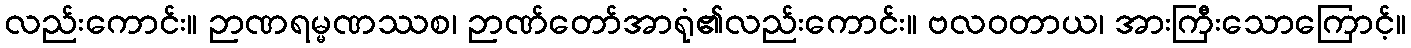
လည်းကောင်း။ ဉာဏရမ္မဏဿစ၊ ဉာဏ်တော်အာရုံ၏လည်းကောင်း။ ဗလဝတာယ၊ အားကြီးသောကြောင့်။